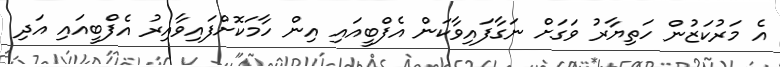
އެ މަރުކަޒުން ހަތިޔާރު ވަގަށް ނަގާފައިވާކަން އެފްބީއައި އިން ހާމަކޮށްފައިވާއިރު އެފްބީއައި އަދި